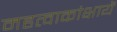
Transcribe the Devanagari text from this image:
महत्वाकांक्षायें